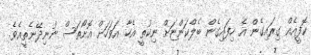
ކޮފީއެއް ގިރައިގެން އެ ހިފައިގެން ބެލްކަންޏަށް ނިކުތީ އެހާ އަވަހަށް އޮށޯތަސް ނުނިދޭނެތީއެވެ.